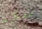
المفكرة